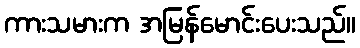
ကားသမားက အမြန်မောင်းပေးသည်။